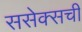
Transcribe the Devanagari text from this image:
ससेक्सची